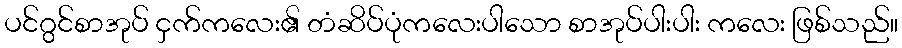
ပင်ဂွင်စာအုပ် ငှက်ကလေး၏ တံဆိပ်ပုံကလေးပါသော စာအုပ်ပါးပါး ကလေး ဖြစ်သည်။